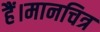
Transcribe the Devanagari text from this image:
हैं।मानचित्र